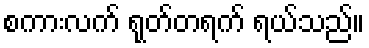
စကားလက် ရုတ်တရက် ရယ်သည်။